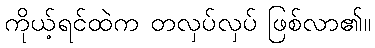
ကိုယ့်ရင်ထဲက တလှပ်လှပ် ဖြစ်လာ၏။